system: You are a helpful assistant.
user:
Analyze the provided spectrum to determine if it is a **M-type Giant (gM)**.

A M-type Giant spectrum is defined by its **strong molecular absorption** features, particularly from **Titanium Oxide (TiO)**. You must check for one of the following mutually exclusive signatures:

- **Key Visual Indicators (Absorption-Dominated Spectrum):**

    - **(Primary):** The spectrum is dominated by strong molecular absorption from **Titanium Oxide (TiO)**. This is the **defining feature** of its M-type temperature class.
        - **(Key Bandheads):** Look for sharp, "saw-tooth" absorption valleys. The strongest are located near **~7050 Å**, **~6160 Å**, and **~5170 Å**.
        - **(Line Profile):** The "saw-tooth" morphology is critical: a **sharp, steep drop on the BLUE (short-wavelength) side** of the bandhead, followed by a gradual recovery (rising flux) towards the RED (long-wavelength) side.

    - **(Key Confirmation - Giant vs. Dwarf):** **ABSENCE** of strong **Calcium Hydride (CaH)** molecular bands. This is the primary diagnostic for *excluding* M-dwarfs.
        - **(Key Region):** The spectrum should lack the strong, broad absorption band seen in dwarfs between **~6800 Å and ~7000 Å**.

    - **(Secondary Confirmation - Giant):** A very strong and broad **Neutral Calcium (Ca I)** atomic absorption line.
        - **(Key Line):** Located at **~4226 Å**. In a giant (gM), this line is significantly deeper and broader than the same line in an M-dwarf (dM) due to low surface gravity.

    - **(Overall Spectrum):**
        - The continuum is **extremely red-sloping** (i.e., flux is very low in the blue and rises dramatically towards the red).
        - The entire spectrum appears "chopped up" by the deep TiO bands.

Think first, call **spectral_visualization_tool** if needed to examine features in detail, then provide your final answer. Your response must adhere to the following strict rules:
1.  **Overall Structure:** Your response must follow the format `<think>...</think> <tool_call>...</tool_call> (if a tool is used) <answer>...</answer>`.
2.  **Tool Usage Constraint:** You may only make **one** tool call per turn.
3.  **Final Answer Format:** In the `<answer>` tag, your conclusion must be inside a `\boxed{}` command (e.g., `\boxed{YES}` or `\boxed{NO}`), followed by your justification.

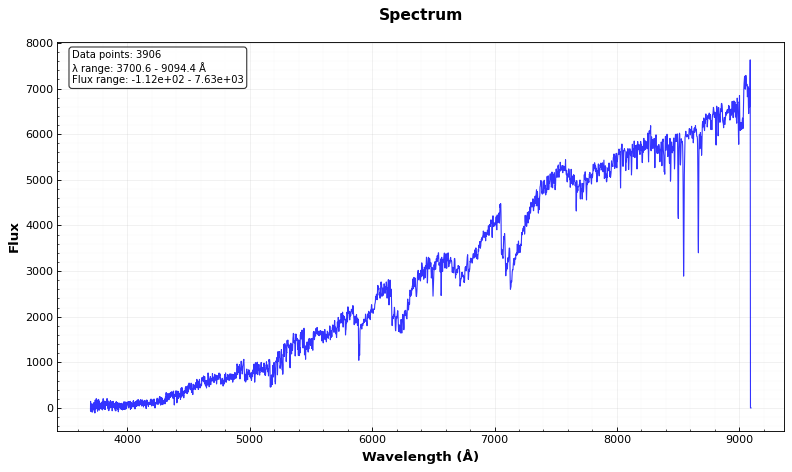
Answer: YES